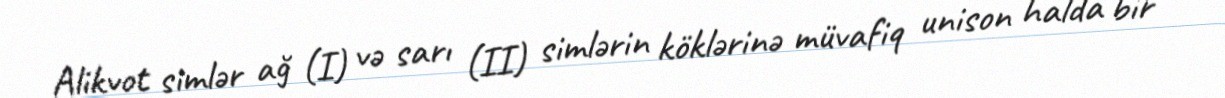
Alikvot simlər ağ (I) və sarı (II) simlərin köklərinə müvafiq unison halda bir